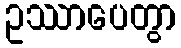
ဥဿာပေတွာ